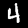
Digit: 4